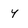
Character: 4